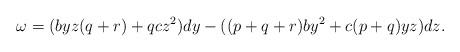
LaTeX: \begin{align*}\omega =(byz(q+r)+qcz^2)dy-((p+q+r)by^2+c(p+q)yz)dz. \end{align*}